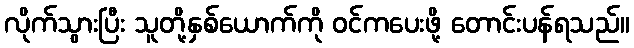
လိုက်သွားပြီး သူတို့နှစ်ယောက်ကို ဝင်ကပေးဖို့ တောင်းပန်ရသည်။